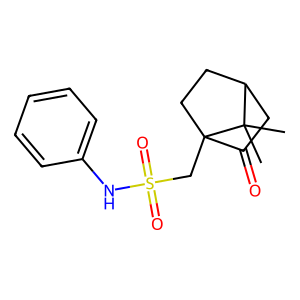
SMILES: CC1(C)C2CCC1(CS(=O)(=O)Nc1ccccc1)C(=O)C2
Inhibits HIV replication: No